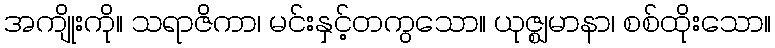
အကျိုးကို။ သရာဇိကာ၊ မင်းနှင့်တကွသော။ ယုဇ္ဈမာနာ၊ စစ်ထိုးသော။